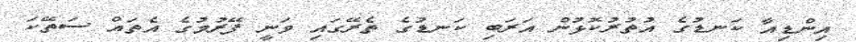
އިންޑިއާ ކަނޑުގެ އުތުރުކޮޅުން އަރަބި ކަނޑުގެ ތެރޭގައި ވަނީ ފޭރުމުގެ އެތައް ސަތޭކަ